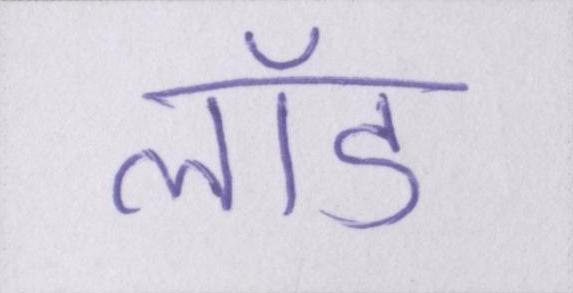
लॉड